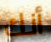
أنك